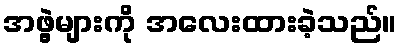
အဖွဲ့များကို အလေးထားခဲ့သည်။